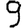
Digit: 9